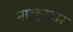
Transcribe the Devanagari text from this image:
नाख़ूनदार